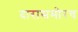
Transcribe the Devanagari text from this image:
दारासमोरच